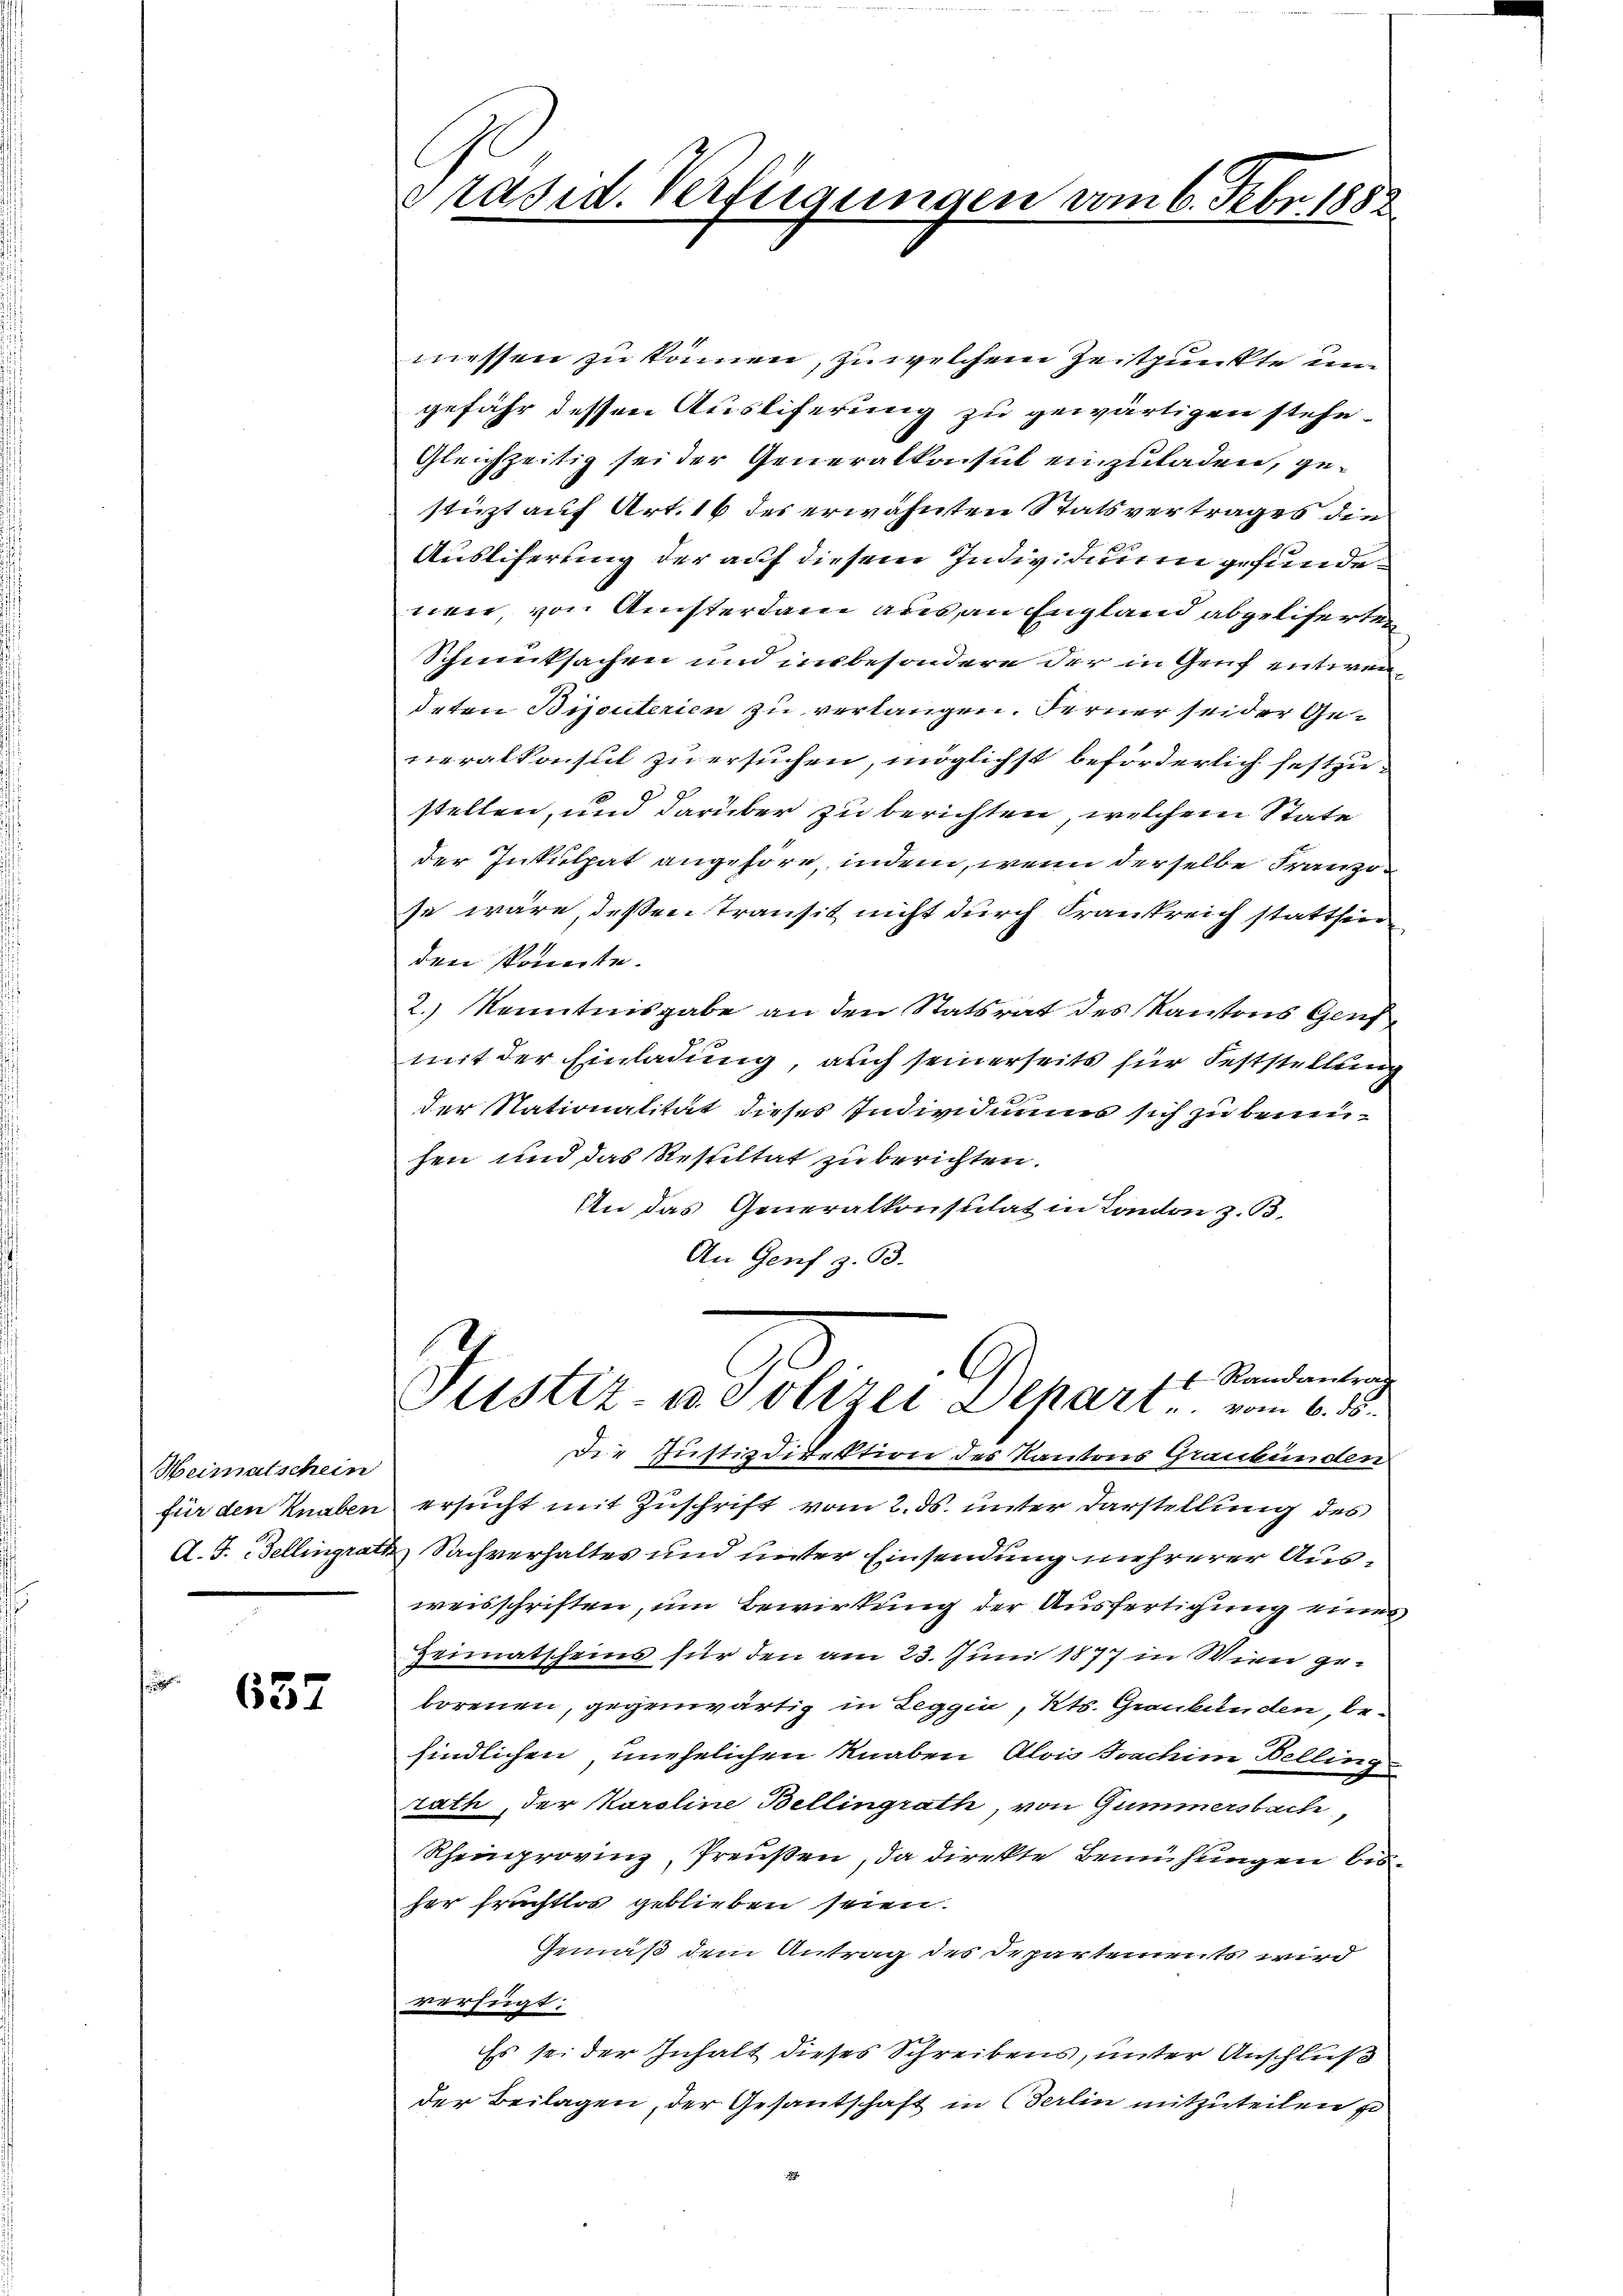
Weimatschein
für den Knaben

637

Präsid. Verfügungen vom 6. Febr. 1882

messen zu können, zu welchem Zeitpunkte un
gefähr dessen Ausliferung zu gewärtigen stehe.
Gleichzeitig sei der Generalkonsul einzuladen, gestüzt auf Art. 16 des erwähnten Statsvertrages die
Ausliferung der auf diesem Individuum gefundenen, von Amsterdann aus, an England abgeliferten
Schmucksachen und insbesondere der in Gruf entwendeten Bijouterien zu verlangen. Ferner seider Geveralkonsul zu ersuchen, möglichst beförderlich festzu¬
J.
stellen, und darüber zu berichten, welchem State
der Inkulpat angehöre, indem, wenn derselbe Franze
se wäre, deßen Transit nicht durch Krankreich stattfin
den konnte.
2.) Kenntnisgabe an den Statsrat des Kantons Genf
mit der Einladung auch seinerseits für Feststellung
der Nationalität dieses Individuums sich zu benenhen und das Resultat zu berichten.
An das Generalkonsulat in London z. B.
An Genf z. 63.
1t Randantrag
Justiz- u. Polizei Depari . . vom 6. ds.
Die Justizdirektion des Kantons Graubünden
ersucht mit Zuschrift vom 2. ds. unter Darstellung des
A. J. Bellingrath Sachverhaltes und unter Einsendung mehrerer Ausweisschriften, um Bewirkung der Ausfertigung eines
Heimatscheins für den am 23. Juni 1877 in Wien geborenen, gegenwärtig in Leggia, Kts. Graubünden, befindlichen, unehelichen Knaben Alois Joachim Belling
rath, der Karoline Bellingrath, von Gummersbach,
Rheinprovinz, Preußen, da direkte Bemühungen bisher fruchtlos geblieben seien.
Gemäß dem Antrag des Departements wird
verfügt:
Es sei der Inhalt dieses Schreibens, unter Anschluß
der Beilagen, der Gesandschaft in Berlin mitzuteilen